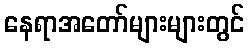
နေရာအတော်များများတွင်